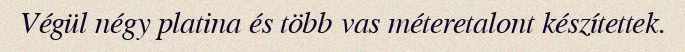
Végül négy platina és több vas méteretalont készítettek.